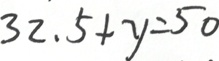
3 2 . 5 + y = 5 0